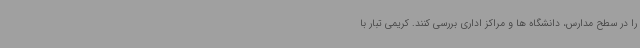
را در سطح مدارس، دانشگاه ها و مراکز اداری بررسی کنند. کریمی تبار با